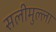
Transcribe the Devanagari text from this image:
सलीमुल्ला